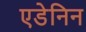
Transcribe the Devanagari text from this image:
एडेनिन